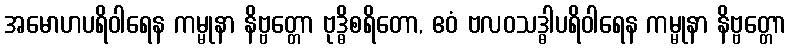
အမောဟပရိဝါရေန ကမ္မုနာ နိဗ္ဗတ္တော ဗုဒ္ဓိစရိတော, ဧဝံ ဗလဝသဒ္ဓါပရိဝါရေန ကမ္မုနာ နိဗ္ဗတ္တော